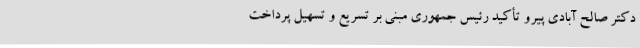
دکتر صالح آبادی پیرو تأکید رئیس جمهوری مبنی بر تسریع و تسهیل پرداخت